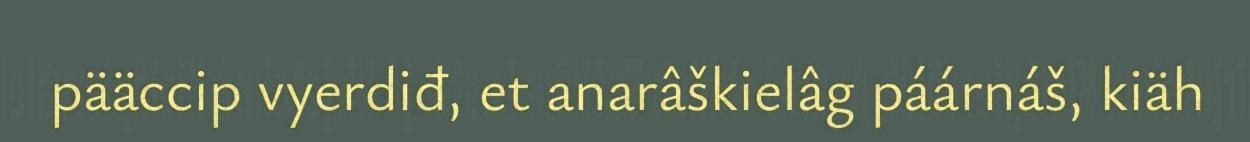
pääccip vyerdiđ, et anarâškielâg páárnáš, kiäh